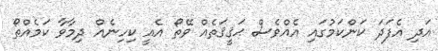
އަދި އެފަދަ ކަންކަމުގައި އެއްވެސް ޙަޤީޤަތެއް ވޭތޯ އެއީ ކިހިނެއް ދިމާވާ ކަމެއްތޯ